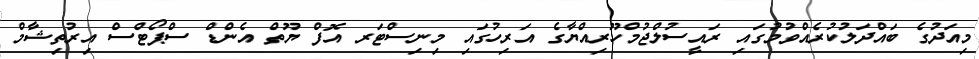
މިއަދުގެ ބައްދަލުކުރެއްވުމުގައި ރައީސުލްޖުމްހޫރިއްޔާގެ އަރިހުގައި މިނިސްޓަރ އޮފް ޔޫތް އެންޑް ސްޕޯޓްސް އިރުތިޝާމް